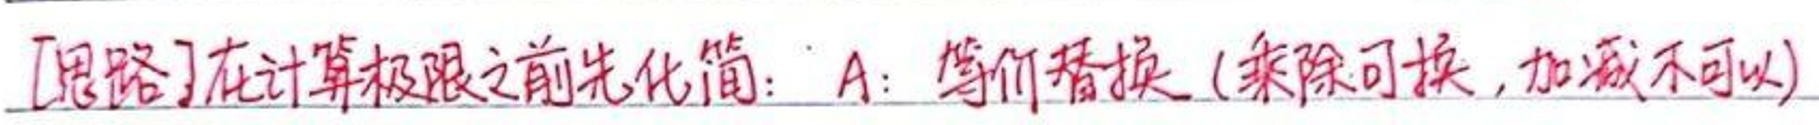
【思路】在计算极限之前先化简：A：等价替换（乘除可换，加减不可以）